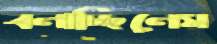
বলাচ্ছিলেম